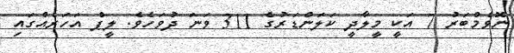
ނޮވެމްބަރު 7 އަކީ މީލާދީ ކަލަންޑަރުގެ 311 ވަނަ ދުވަހެވެ. ލީޕް އަހަރެއްގައި